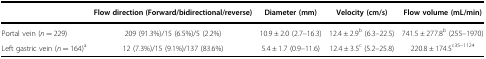
|  | Flow direction (Forward/bidirectional/reverse) | Diameter (mm) | Velocity (cm/s) | Flow volume (mL/min) |
 | --- | --- | --- | --- | --- |
 | Portal vein (n = 229) | 209 (91.3%)/15 (6.5%)/5 (2.2%) | 10.9 ± 2.0 (2.7–16.3) | 12.4 ± 2.9b (6.3–22.5) | 741.5 ± 277.8b (255–1970) |
 | Left gastric vein (n = 164)a | 12 (7.3%)/15 (9.1%)/137 (83.6%) | 5.4 ± 1.7 (0.9–11.6) | 12.4 ± 3.5c (5.2–25.8) | 220.8 ± 174.5c35–1124 |